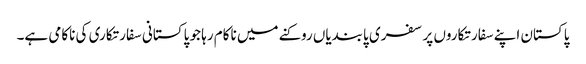
پاکستان اپنے سفارتکاروں پر سفری پابندیاں روکنے میں ناکام رہا جو پاکستانی سفارتکاری کی ناکامی ہے۔